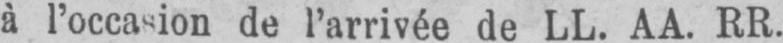
à l’occasion de l’arrivée de LL. AA. RR.